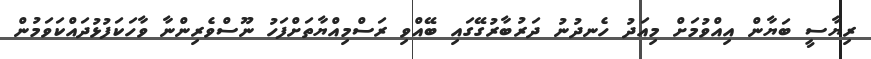
ރިޔާސީ ބަޔާން އިއްވުމަށް މިއަދު ހެނދުނު ދަރުބާރުގޭގައި ބޭއްވި ރަސްމިއްޔާތަށްފަހު ނޫސްވެރިންނާ ވާހަކަފުޅުދައްކަވަމުން